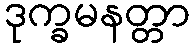
ဒုက္ခမနတ္တာ